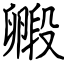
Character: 毈